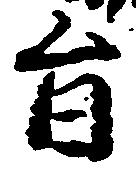
旨